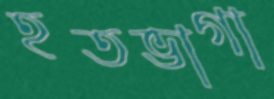
হতভাগা